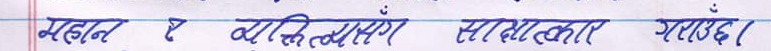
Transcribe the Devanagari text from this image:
महान र व्यक्तित्वसँग साक्षात्कार गर्दछ।